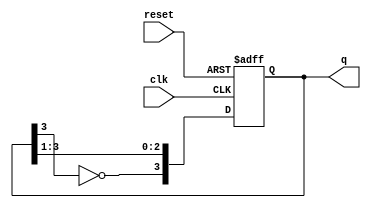
module modified_johnson_counter #(
    parameter N = 4  // Number of flip-flops
)(
    input wire clk,     // Clock input
    input wire reset,   // Asynchronous reset
    output reg [N-1:0] q // Counter output
);

// Internal signal for feedback
wire feedback;

// Feedback is the inverted output of the last flip-flop
assign feedback = ~q[N-1];

// Sequential logic for the Modified Johnson Counter
always @(posedge clk or posedge reset) begin
    if (reset) begin
        // Asynchronous reset to 0
        q <= 0;
    end else begin
        // Shift the states and apply feedback
        q <= {feedback, q[N-1:1]};
    end
end

endmodule